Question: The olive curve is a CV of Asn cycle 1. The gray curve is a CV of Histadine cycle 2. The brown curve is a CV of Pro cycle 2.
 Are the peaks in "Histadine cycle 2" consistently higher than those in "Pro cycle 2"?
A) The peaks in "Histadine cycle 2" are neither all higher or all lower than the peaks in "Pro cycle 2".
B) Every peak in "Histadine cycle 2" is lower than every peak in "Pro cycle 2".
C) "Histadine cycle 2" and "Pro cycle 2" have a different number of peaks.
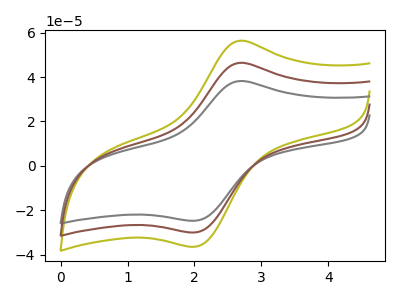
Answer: <think>The olive curve "Asn cycle 1" has an anodic peak at (2.65V, 92.45uA) and a cathodic peak at (2.00V, -59.80uA). The gray curve "Histadine cycle 2" has an anodic peak at (2.65V, 38.05uA) and a cathodic peak at (2.00V, -24.65uA). The brown curve "Pro cycle 2" has an anodic peak at (2.65V, 46.25uA) and a cathodic peak at (2.00V, -29.90uA).</think>
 <answer>B) Every peak in "Histadine cycle 2" is lower than every peak in "Pro cycle 2".</answer>
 <eval>B</eval>